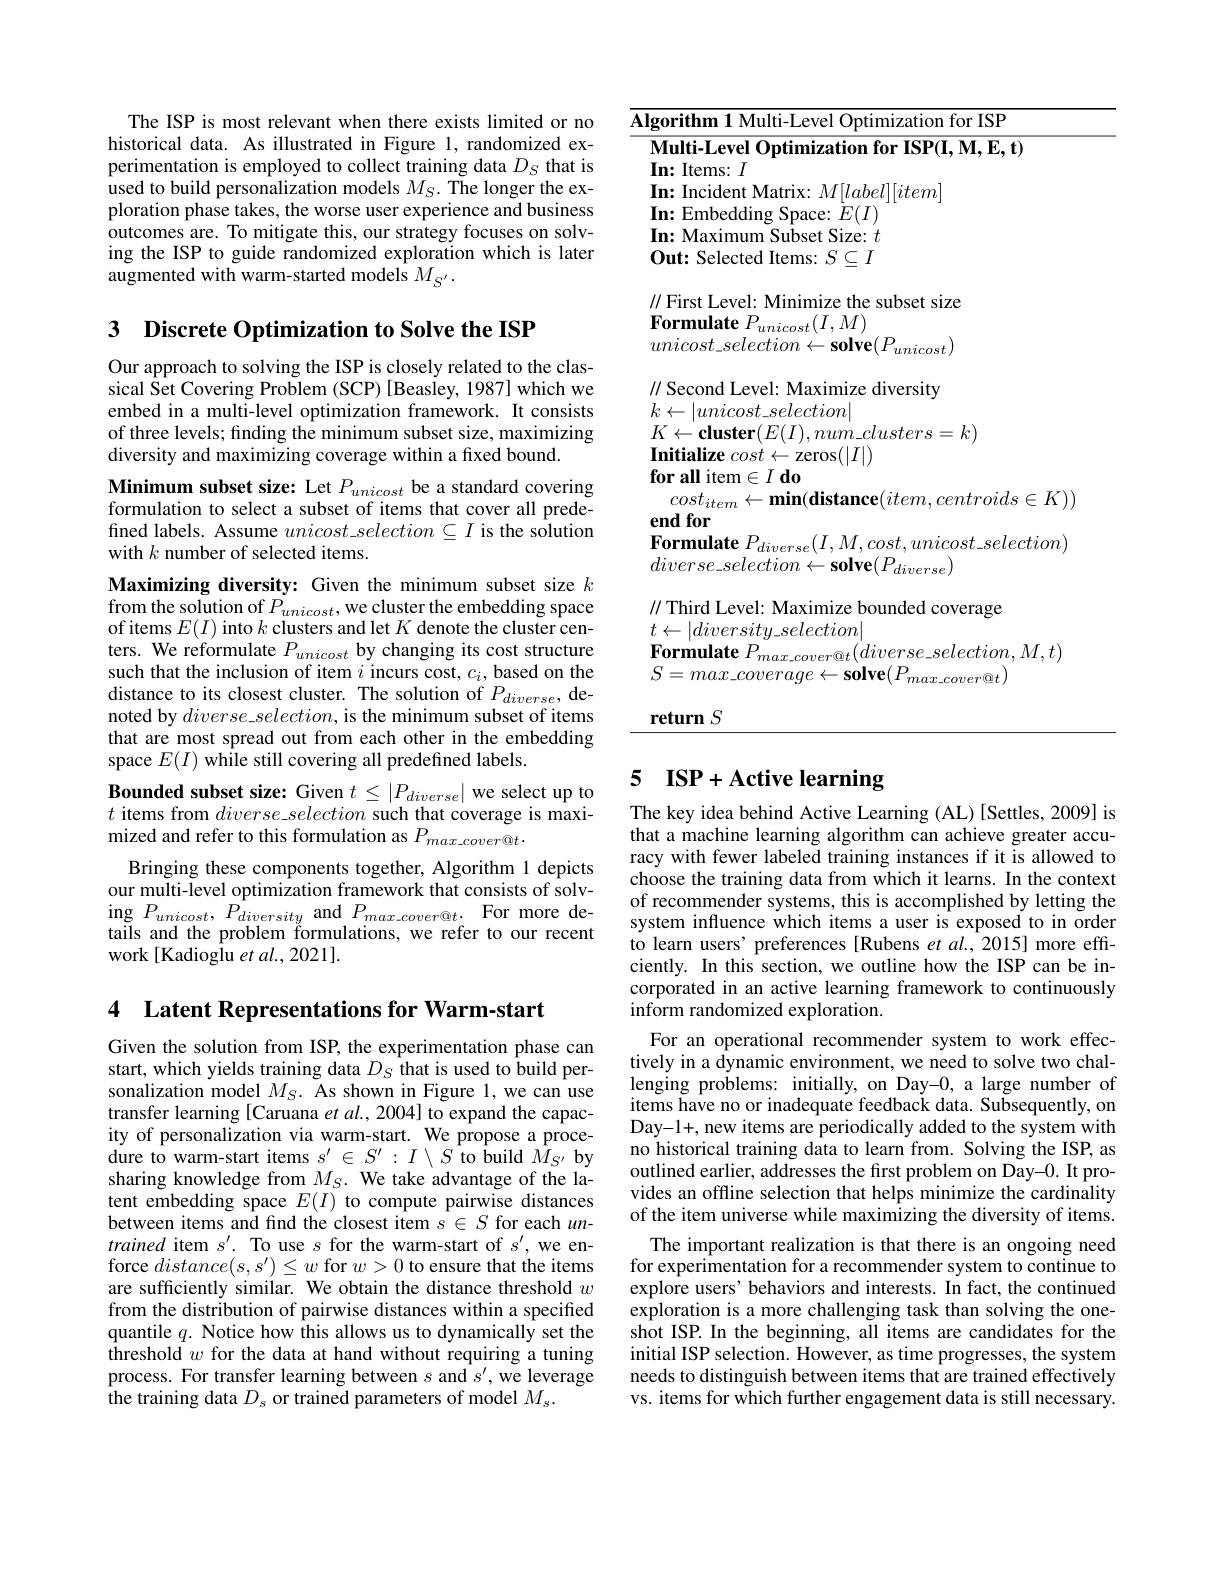
<table>
	<tbody>
		<tr>
			<td>1zation for ISF</td>
			<td>$\overline{\mathbf{AI}}$ I </td>
			<td>rithm 1 Multi-Level Optimization for ISP</td>
		</tr>
		<tr>
			<td>$\mathbf{Multi-Level~Optimization~for~ISP(I,M,E,t)}$</td>
			<td> </td>
			<td>$\textbf{ulti- Level Optimization for ISP( I, M, E, t) }$</td>
		</tr>
		<tr>
			<td>$\|$ First Level: Minimize the subset size $\textbf{Formulate }P_{unicost}( I, M)$ $unicost\_ selection\leftarrow \textbf{solve}( P_{unicost})$</td>
			<td> </td>
			<td>irst Level: Minimize the subset size rmulate $P_{unicost}(I,M)$ $icost\_selection\leftarrow\mathbf{solve}(P_{unicost})$</td>
		</tr>
		<tr>
			<td>$k\leftarrow|unicost\_selection|$ $K\leftarrow \textbf{cluster}( E( I) , num\_ clusters= k)$ Initialize $cost\leftarrow$zeros$(|I|)$</td>
			<td> </td>
			<td>$|unicost\_selection|$ $\leftarrow \textbf{cluster}( E( I) , num\_ clusters= k)$ $\textbf{tialize }cos\dot{t} \leftarrow$zeros$(|I|)$</td>
		</tr>
		<tr>
			<td>end for $\textbf{Formulate }P_{diverse}( I, M, cost, unicost\_ selecti$ $diverse\_selection\leftarrow\mathbf{solve}(P_{diverse}^{'})$</td>
			<td> </td>
			<td>$1f0r$ $\textbf{rmulate }P_{diverse}( I, M, cost, unicost\_ selection)$ $erse\_selection\leftarrow\mathbf{solve}(P_{diverse}^{'})$</td>
		</tr>
	</tbody>
</table>
return $S$

The ISP is most relevant when there exists limited or no historical data. As illustrated in Figure 1, randomized experimentation is employed to collect training data $D_S$ that is used to build personalization models $M_S.$ The longer the exploration phase takes, the worse user experience and business outcomes are. To mitigate this, our strategy focuses on solving the ISP to guide randomized exploration which is later augmented with warm-started models $M_{S^{\prime}}.$

3 Discrete Optimization to Solve the ISP

Our approach to solving the ISP is closely related to the classical Set Covering Problem (SCP) [Beasley, 1987] which we embed in a multi-level optimization framework. It consists of three levels; finding the minimum subset size, maximizing diversity and maximizing coverage within a fixed bound.

Minimum subset size: Let $P_{unicost}$ be a standard covering formulation to select a subset of items that cover all predefined labels. Assume $unicost\_selection\subseteq I$ is the solution with $k$ number of selected items.
Maximizing diversity: Given the minimum subset size $k$ from the solution of $P_{unicost}$,we cluster the embedding space of items $E(I)$ into $k$ clusters and let $K$ denote the cluster centers. We reformulate $P_unicost$ by changing its cost structure such that the inclusion of item $i$ incurs cost, $c_i$, based on the distance to its closest cluster. The solution of $P_{diverse}$, denoted by $diverse\_selection$, is the minimum subset of items that are most spread out from each other in the embedding space $E(I)$ while still covering all predefined labels.
Bounded subset size: Given $t\leq|P_diverse|$ we select up to $t$ items from $diverse\_selection$ such that coverage is maximized and refer to this formulation as $P_{max\_cover@t}.$
Bringing these components together, Algorithm 1 depicts our multi-level optimization framework that consists of solv- $\operatorname*{ing}P_{unicost},P_{diversity}$and$P_max\_cover@t.$For more details and the problem formulations, we refer to our recent work[Kadioglu et al., 2021].

4 Latent Representations for Warm-start

Given the solution from ISP, the experimentation phase can start, which yields training data $D_S$ that is used to build personalization model $M_S.$ As shown in Figure 1, we can use transfer learning [Caruana et al., 2004] to expand the capacity of personalization via warm-start. We propose a proce- ${\text{dure to warm-start items }s^{\prime}\in S^{\prime}:I\setminus S{\text{ to build }\hat{M}_{S^{\prime}}}{\text{by}}}$ sharing knowledge from $M_S.$ We take advantage of the latent embedding space $E(I)$ to compute pairwise distances between items and find the closest item $s\in S$ for each $un$- trained item $s^\prime.$ To use $s$ for the warm-start of $s^\prime$, we enforce $distance(s,s^{\prime})\leq w$ for $w>0$ to ensure that the items are sufficiently similar. We obtain the distance threshold $w$ from the distribution of pairwise distances within a specified $\begin{array}{l}\text{quantile }q.&\text{Notice how this allows us to dynamically set the}\\\text{threshold }w&\text{for the data at hand without requiring a tuning}\end{array}$ process. For transfer learning between $s$ and $s^\prime$, we leverage ithe training data $D_{s}$ or trained parameters of model $M_s.$

### 5 $\mathbf{ISP}+ \mathbf{Active}$ learning

The key idea behind Active Learning (AL) [Settles, 2009] is that a machine learning algorithm can achieve greater accuracy with fewer labeled training instances if it is allowed to choose the training data from which it learns. In the context of recommender systems, this is accomplished by letting the system influence which items a user is exposed to in order to learn users' preferences [Rubens et al.,2015] more effciently. In this section, we outline how the ISP can be incorporated in an active learning framework to continuously inform randomized exploration.
For an operational recommender system to work effectively in a dynamic environment, we need to solve two challenging problems: initially, on Day-0, a large number of items have no or inadequate feedback data. Subsequently, on Day-1+, new items are periodically added to the system with no historical training data to learn from. Solving the ISP, as outlined earlier, addresses the first problem on Day-0. It provides an offline selection that helps minimize the cardinality of the item universe while maximizing the diversity of items. The important realization is that there is an ongoing need for experimentation for a recommender system to continue to explore users' behaviors and interests. In fact, the continued exploration is a more challenging task than solving the oneshot ISP. In the beginning, all items are candidates for the initial ISP selection. However, as time progresses, the system needs to distinguish between items that are trained effectively vs. items for which further engagement data is still necessary.